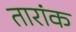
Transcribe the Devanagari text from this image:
तारांक